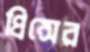
প্রিন্সের